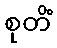
စုတိံ